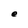
Character: e